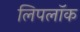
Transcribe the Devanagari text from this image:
लिपलॉक